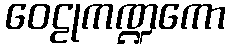
ဝေဠုကဏ္ဍကော